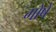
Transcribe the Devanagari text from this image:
गोषे